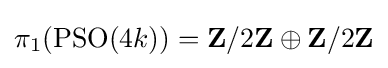
\pi _{1}(\operatorname {PSO} (4k))=\mathbf {Z} /2\mathbf {Z} \oplus \mathbf {Z} /2\mathbf {Z}